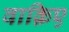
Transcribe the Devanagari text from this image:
वाक़िए